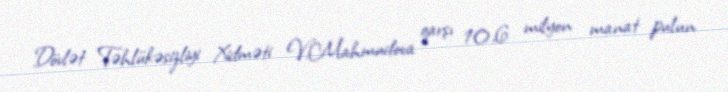
Dövlət Təhlükəsizliyi Xidməti V.Mahmudova qarşı 10,6 milyon manat pulun